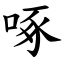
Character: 啄